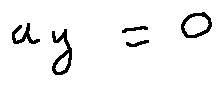
a _ { y } = 0